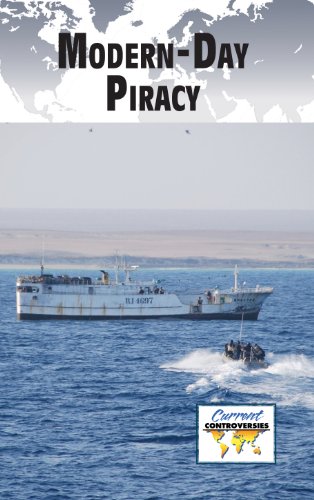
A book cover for Modern-Day Piracy (Current Controversies); Debra A. Miller; Teen & Young Adult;